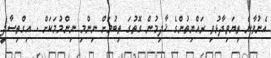
އެނުވާނެ ތިޔަވިދާޅުވި ރައްޔިތުންގެ ޚާދިމުން ގޮތުގަ ތިބުމަށް ނިންމި ނިންމުމަކަށް . އިގްތިސާދީ